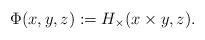
LaTeX: \begin{gather*}\Phi(x, y, z) := H_{\times}(x \times y, z) .\end{gather*}